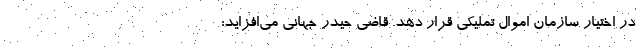
در اختیار سازمان اموال تملیکی قرار دهد. قاضی حیدر جهانی می‌افزاید: